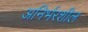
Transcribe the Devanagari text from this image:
अनिर्भरशील